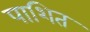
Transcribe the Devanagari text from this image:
पाशित